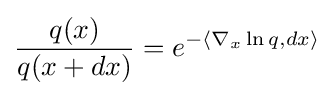
{\frac {q(x)}{q(x+dx)}}=e^{-\langle \nabla _{x}\ln q,dx\rangle }